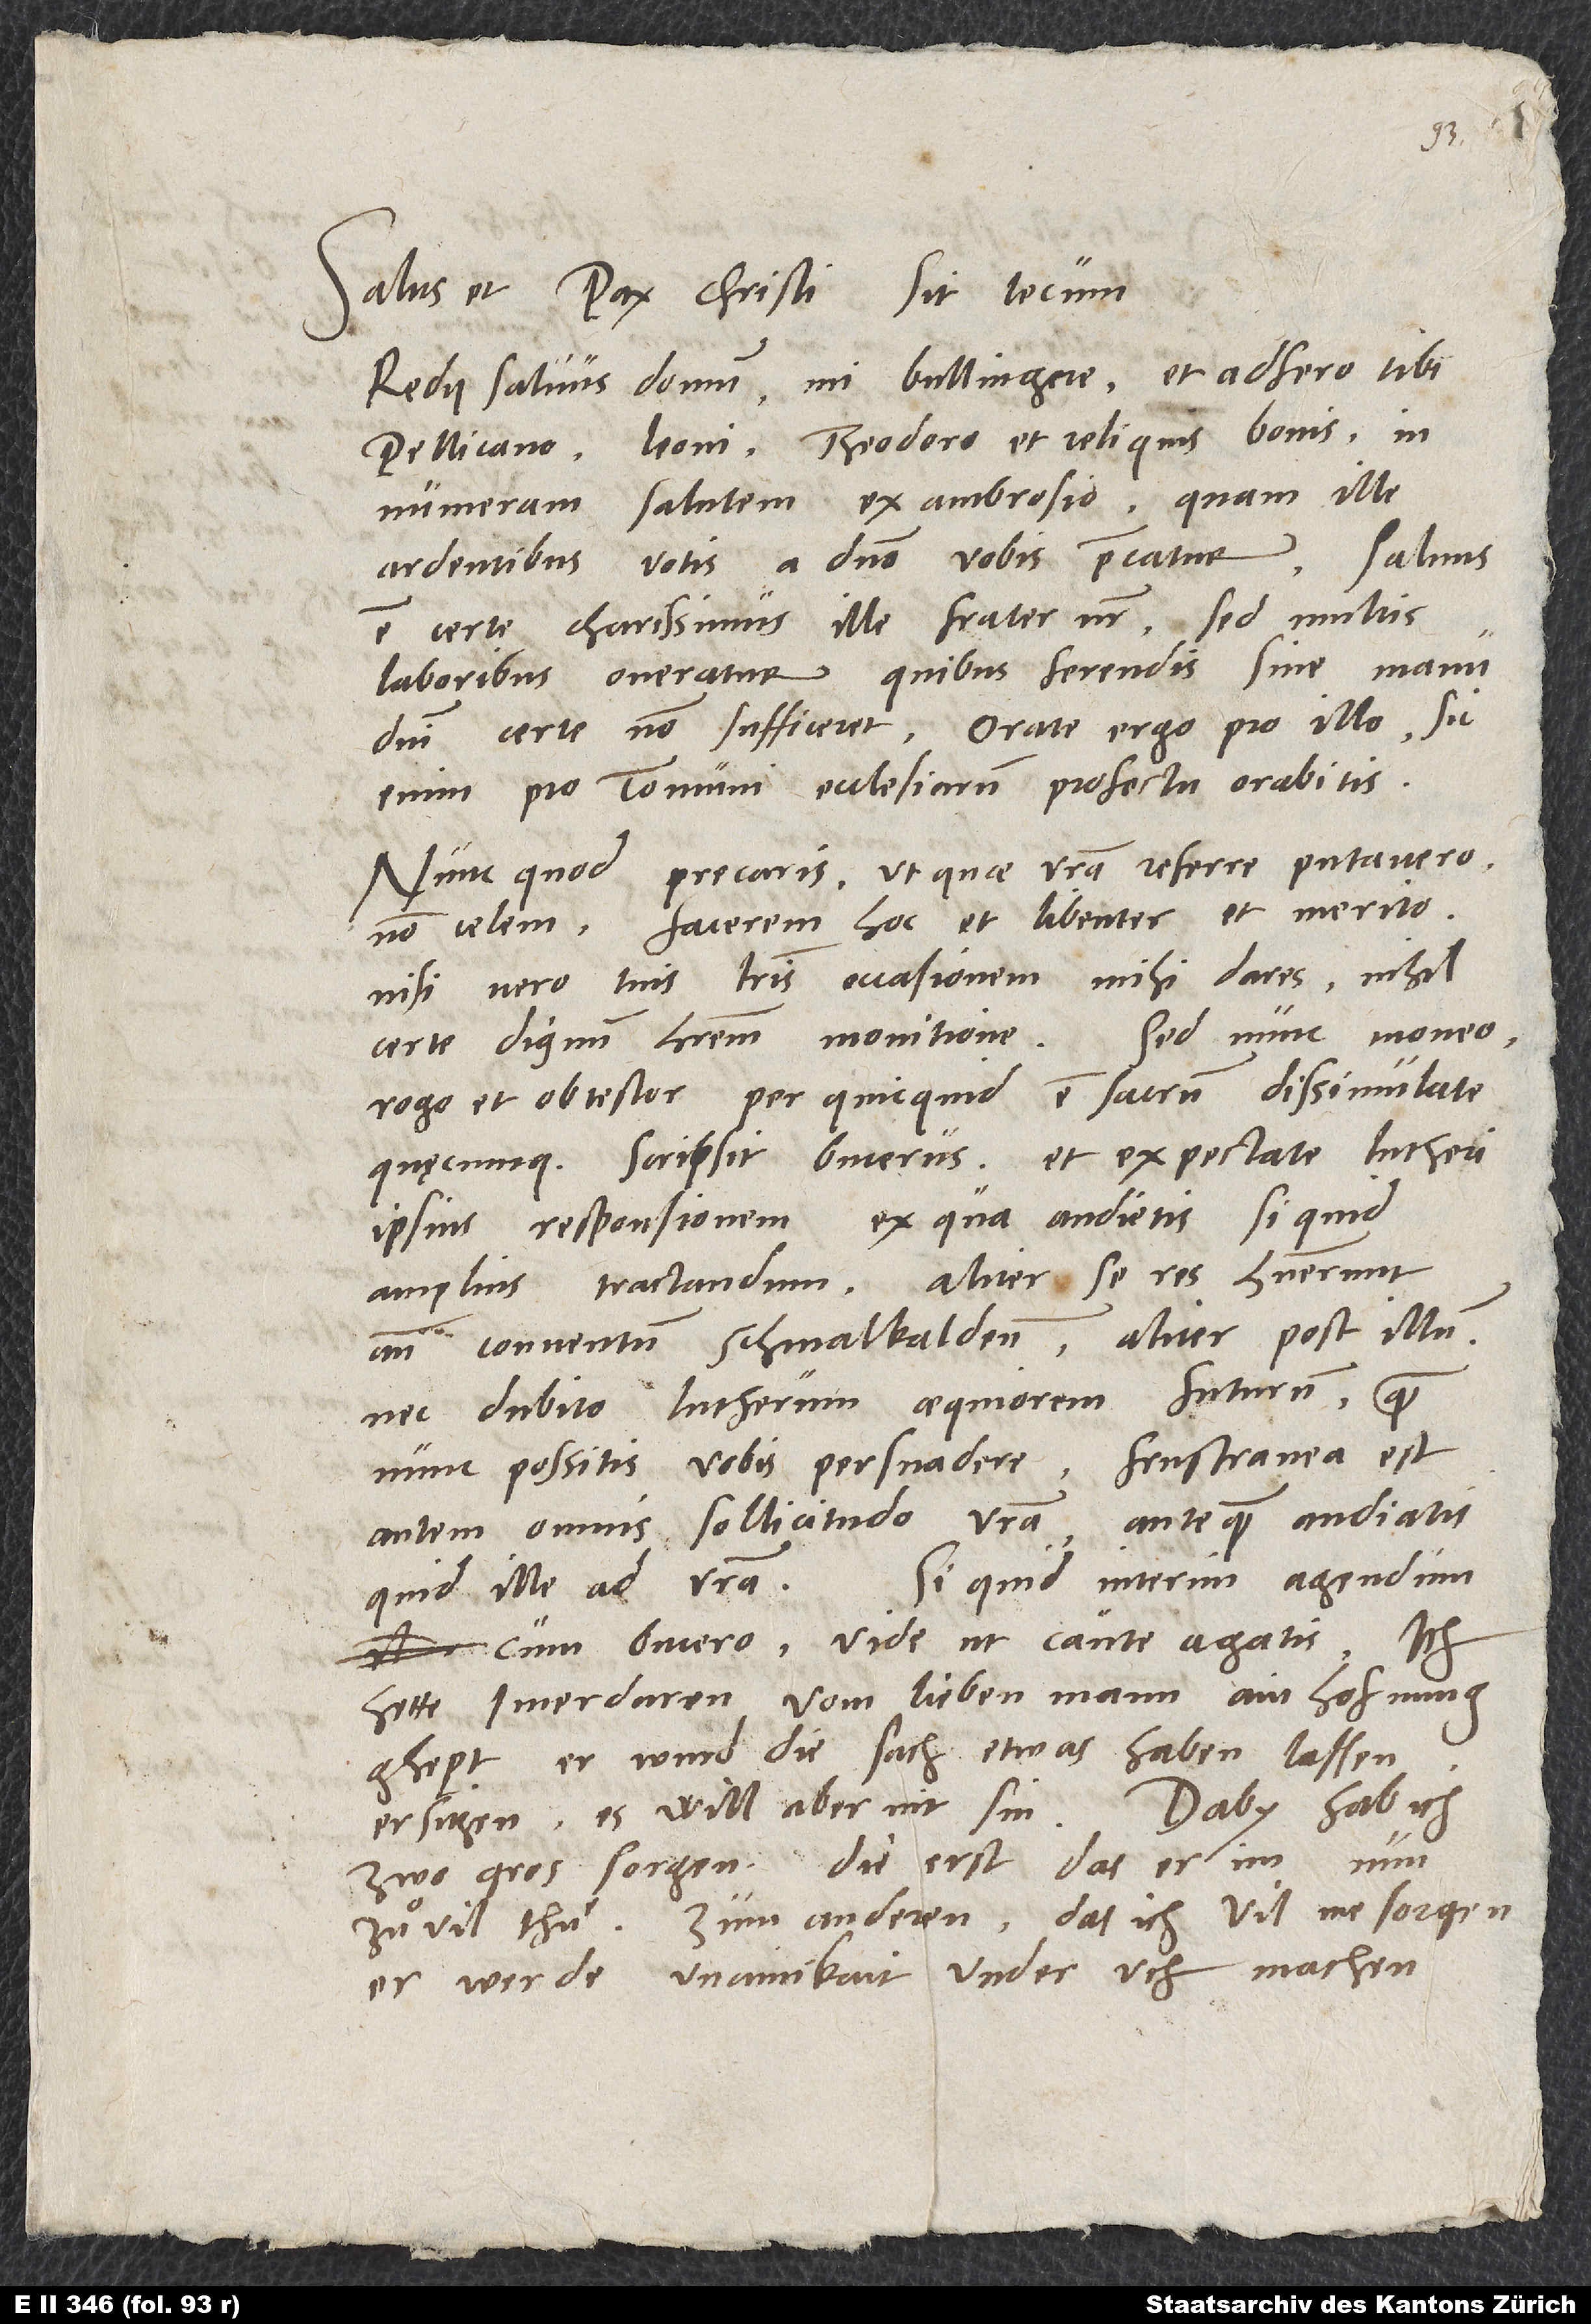
Salus et pax Christi sit tecum.
Redii salvus domum, mi Bullingere, et adfero tibi,
Pellicano, Leoni, Theodoro et reliquis bonis
innumeram salutem ex Ambrosio, quam ille
ardentibus votis a domino vobis precatur. Salvus
est certe charissimus ille frater noster, sed multis
laboribus oneratur, quibus ferendis sine manu
domini certe non sufficeret. Orate ergo pro illo. Sic
enim pro communi ecclesiarum profectu orabitis.
Nunc, quod precaris, ut, quae vestra referre putavero,
non celem, facerem hoc et libenter et merito.
Nisi vero tuis literis occasionem mihi dares, nihil
certe dignum haberem monitione. Sed nunc moneo,
rogo et obtestor per quicquid est sacrum, dissimulate,
quęcumque scripsit Bucerus, et expectate Lutheri
ipsius responsionem, ex qua audietis, si quid
amplius tractandum. Aliter se res habuerunt
ante conventum Schmalkaldensem, aliter post illum,
nec dubito Lutherum aequiorem futurum, quam
nunc possitis vobis persuadere. Frustranea est
autem omnis sollicitudo vestra, antequam audiatis,
cum Bucero, vide, ut caute agatis. Ich
hette imerdaren vom lieben mann ain hofnung
ghept, er wurd die sach etwas haben lassen
ersitzen; es will aber nit sin. Daby hab ich
zwo gros sorgen: Die erst, das er im nun
zuͦ vil thuͤ, zum anderen, das ich vil me sorge,
er werde unainikait under uch machen.